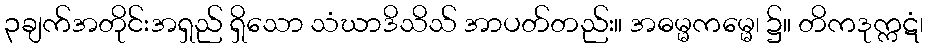
၃ချက်အတိုင်းအရှည် ရှိသော သံဃာဒိသိသ် အာပတ်တည်း။ အဓမ္မကမ္မေ၊ ၌။ တိကဒုက္ကဋံ၊